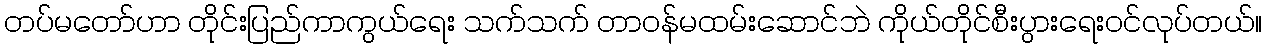
တပ်မတော်ဟာ တိုင်းပြည်ကာကွယ်ရေး သက်သက် တာဝန်မထမ်းဆောင်ဘဲ ကိုယ်တိုင်စီးပွားရေးဝင်လုပ်တယ်။